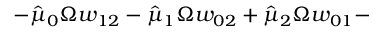
- \hat { \mu } _ { 0 } \Omega w _ { 1 2 } - \hat { \mu } _ { 1 } \Omega w _ { 0 2 } + \hat { \mu } _ { 2 } \Omega w _ { 0 1 } -